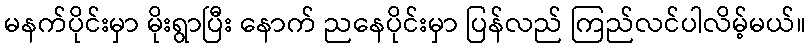
မနက်ပိုင်းမှာ မိုးရွာပြီး နောက် ညနေပိုင်းမှာ ပြန်လည် ကြည်လင်ပါလိမ့်မယ်။